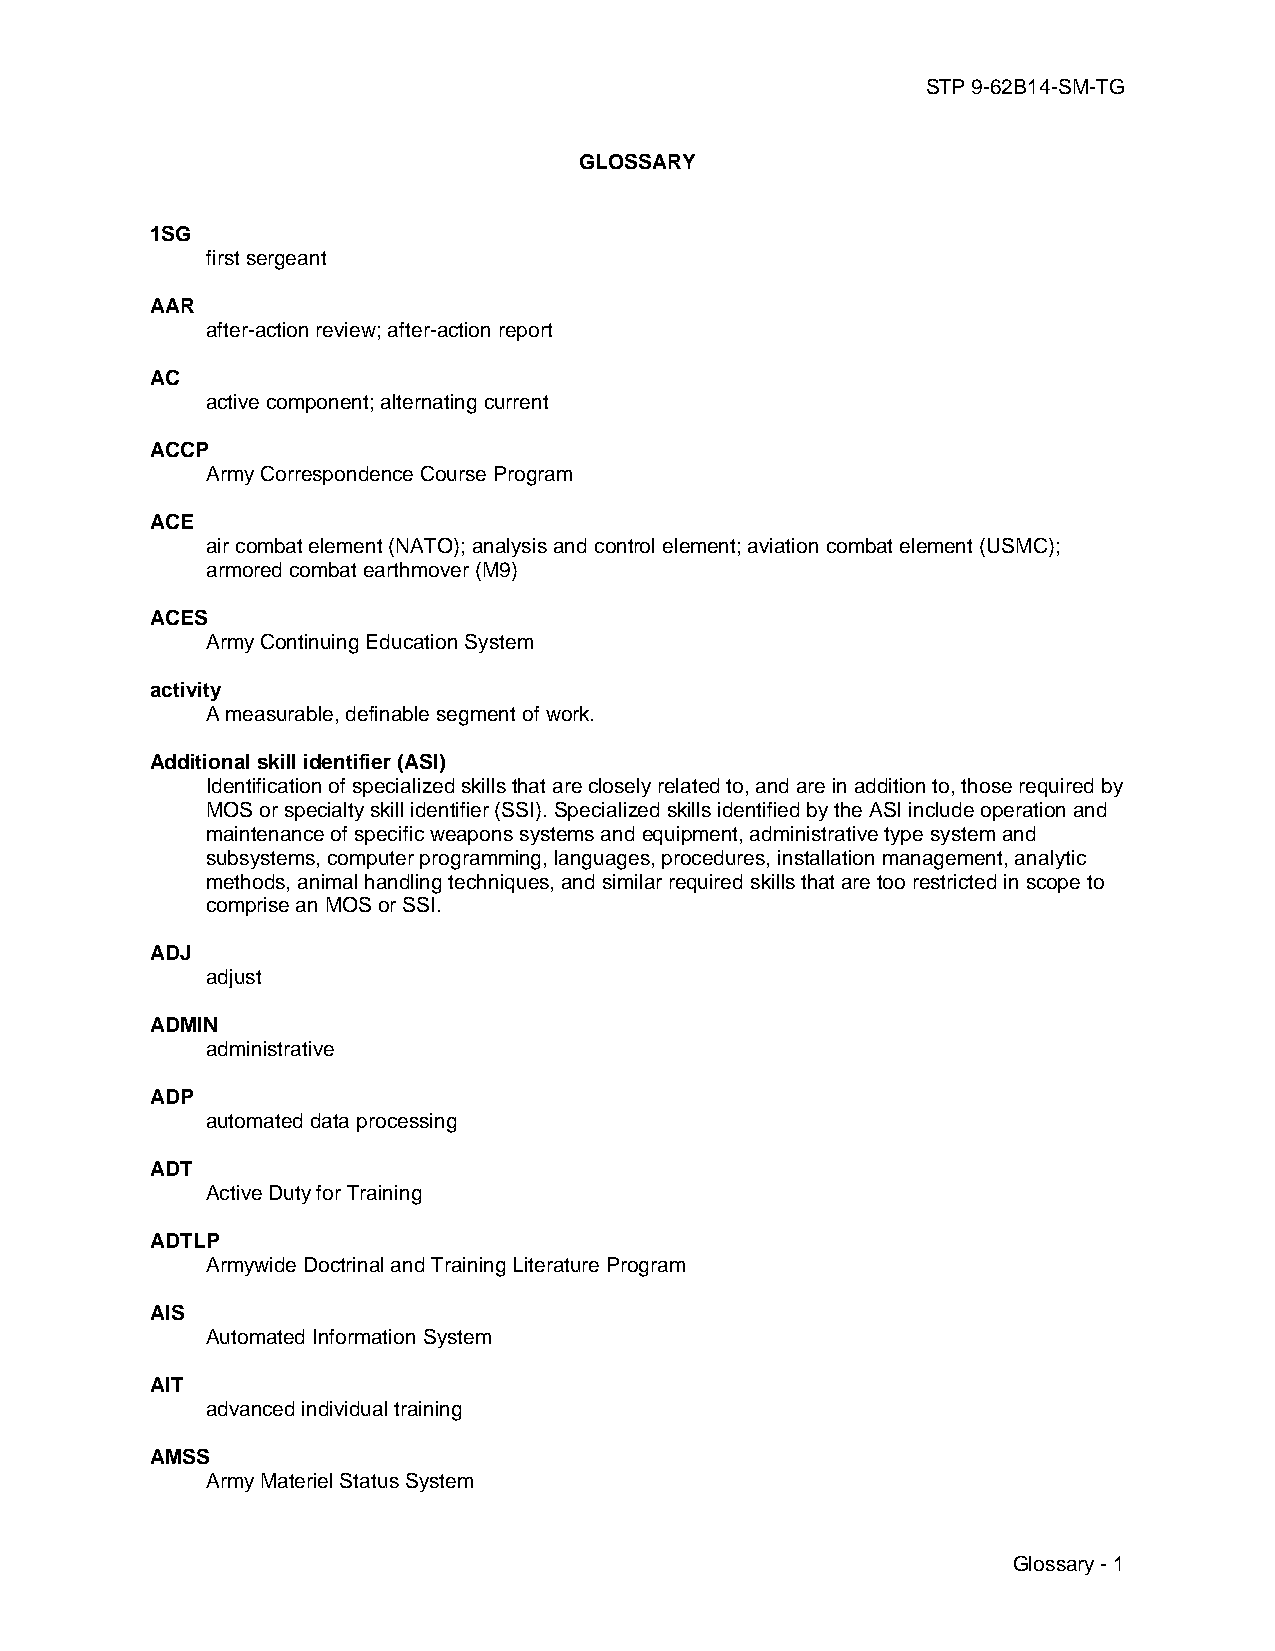
STP 9-62B14-SM-TG
 GLOSSARY
 1SG
 first sergeant
 AAR
 after-action review; after-action report
 AC
 active component; alternating current
 ACCP
 Army Correspondence Course Program
 ACE
 air combat element (NATO); analysis and control element; aviation combat element (USMC);
 armored combat earthmover (M9)
 ACES
 Army Continuing Education System
 activity
 A measurable, definable segment of work.
 Additional skill identifier (ASI)
 Identification of specialized skills that are closely related to, and are in addition to, those required by
 MOS or specialty skill identifier (SSI). Specialized skills identified by the ASI include operation and
 maintenance of specific weapons systems and equipment, administrative type system and
 subsystems, computer programming, languages, procedures, installation management, analytic
 methods, animal handling techniques, and similar required skills that are too restricted in scope to
 comprise an MOS or SSI.
 ADJ
 adjust
 ADMIN
 administrative
 ADP
 automated data processing
 ADT
 Active Duty for Training
 ADTLP
 Armywide Doctrinal and Training Literature Program
 AIS
 Automated Information System
 AIT
 advanced individual training
 AMSS
 Army Materiel Status System
 Glossary - 1